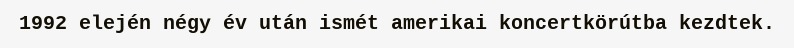
1992 elején négy év után ismét amerikai koncertkörútba kezdtek.